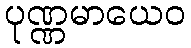
ပုဏ္ဏမာယေဝ